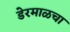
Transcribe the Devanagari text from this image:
डेरमाळचा